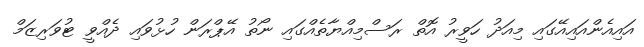
އައިއެންއައިއޭގައި މިއަދު ހަވީރު އޮތް ރަސްމިއްޔާތެއްގައި ނޯތު އޭޕްރަން ހުޅުވައި ދެއްވީ ޓުވަރިޒަމް